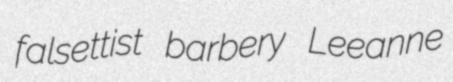
falsettist barbery Leeanne